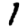
Digit: 1